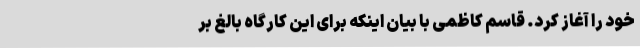
خود را آغاز کرد. قاسم کاظمی با بیان اینکه برای این کارگاه بالغ بر